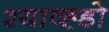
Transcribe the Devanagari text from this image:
श्याव्ह्डो